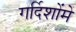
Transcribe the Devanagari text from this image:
गर्दिशोंमें